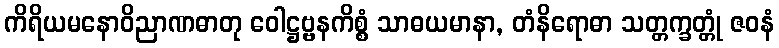
ကိရိယမနောဝိညာဏဓာတု ဝေါဋ္ဌဗ္ဗနကိစ္စံ သာဓယမာနာ, တံနိရောဓာ သတ္တက္ခတ္တုံ ဇဝနံ